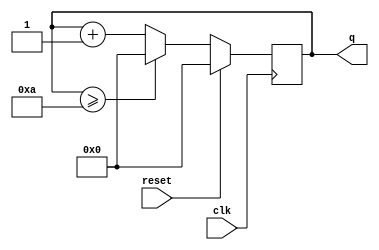
module top_module(
    input clk,
    input reset,
    output reg [3:0]q
);

    always @(posedge clk) begin
        if(reset)
            q<=0;
        else
            if((q>=4'd10))
                q<=0;
            else
                q<=q+1;
    end




endmodule